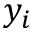
y _ { i }